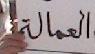
العمالة